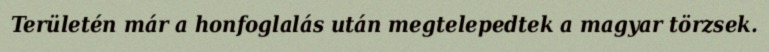
Területén már a honfoglalás után megtelepedtek a magyar törzsek.